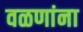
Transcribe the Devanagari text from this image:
वळणांना